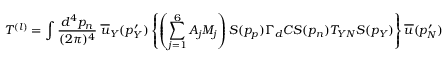
T ^ { ( l ) } = \int \frac { d ^ { 4 } p _ { n } } { ( 2 \pi ) ^ { 4 } } \; \overline { { { u } } } _ { Y } ( p _ { Y } ^ { \prime } ) \left\{ \left( \sum _ { j = 1 } ^ { 6 } { \cal A } _ { j } { \cal M } _ { j } \right) S ( p _ { p } ) \Gamma _ { d } C S ( p _ { n } ) T _ { Y N } S ( p _ { Y } ) \right\} \overline { { { u } } } ( p _ { N } ^ { \prime } ) \; .